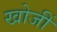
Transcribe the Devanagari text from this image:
खोजीं